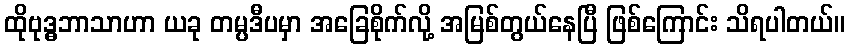
ထိုဗုဒ္ဓဘာသာဟာ ယခု တမ္ပဒီပမှာ အခြေစိုက်လို့ အမြစ်တွယ်နေပြီ ဖြစ်ကြောင်း သိရပါတယ်။